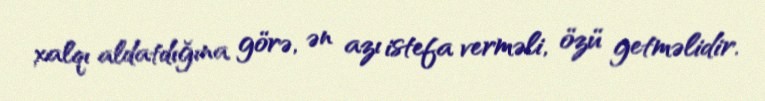
xalqı aldatdığına görə, ən azı istefa verməli, özü getməlidir.